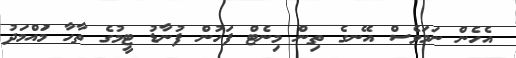
އެހެން ނަމަވެސް އޭނގެ ތިން މިނެޓް ފަހުން ފުނާޑު ޓީމުގެ ތާހާ މުައްމަދު